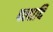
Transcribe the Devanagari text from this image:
पलादि